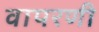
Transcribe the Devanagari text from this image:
वापरणी